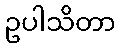
ဥပါသိတာ